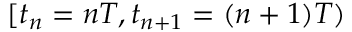
[ t _ { n } = n T , t _ { n + 1 } = ( n + 1 ) T )